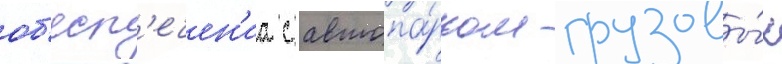
об'есп'ечен'иа с автопа́рком грузовы́х